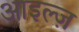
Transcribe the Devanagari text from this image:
आइल्ज़